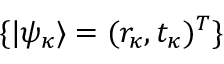
\{ | \psi _ { \kappa } \rangle = ( r _ { \kappa } , t _ { \kappa } ) ^ { T } \}